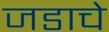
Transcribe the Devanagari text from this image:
जडाचे